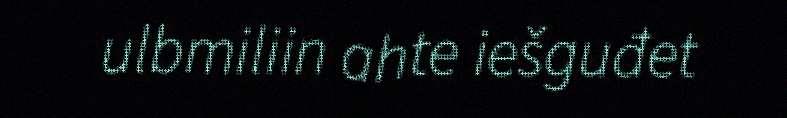
ulbmiliin ahte iešguđet